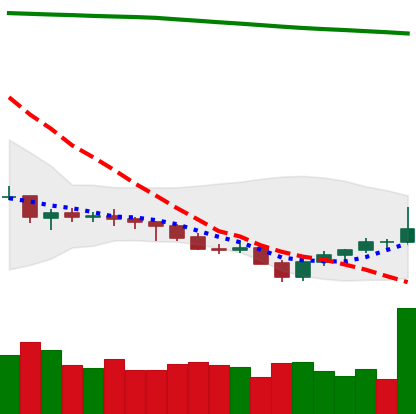
Ticker: NEO-USD
Chart end date: 2021-07-26
Forward return: 40.89%
Label: up_7plus